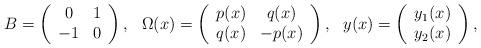
LaTeX: \begin{align*}B=\left(\begin{array}{cc}0&1\\-1&0\end{array}\right),\ \ \Omega(x)=\left(\begin{array}{cc}p(x)&q(x)\\q(x)&-p(x)\end{array}\right),\ \ y(x)=\left(\begin{array}{c}y_1(x)\\y_2(x)\end{array}\right),\end{align*}